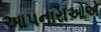
આપનારાઓએ